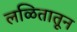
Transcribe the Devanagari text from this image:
लळितातून